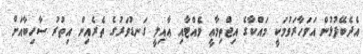
އެދެބޭފުޅުން އަވަހާރަވުމަކީ މައްކާގެ އިޖްތިމާޢީ ވެއްޓާއި ޢާއިލީ ގަނޑުވަރުގެ ތެރެއިން އިތުރު ސާހިބާއަށް